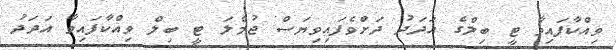
ވިއްކާފައިވާ ޓީ ބިލްގެ އަދަދު ދަށްވެފައިވިޔަސް ޖުމްލަ ޓީ ބިލް ވިއްކާފައިވާ އަދަދު